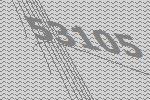
53105